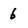
Character: 6